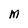
Character: M